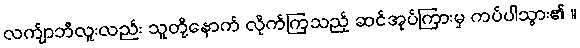
လက်ျာဘီလူးလည်း သူတို့နောက် လိုက်ကြသည့် ဆင်အုပ်ကြားမှ ကပ်ပါသွား၏ ။